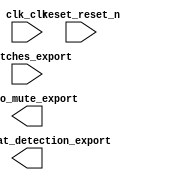

module unsaved (
	clk_clk,
	reset_reset_n,
	switches_export,
	enable_beat_detection_export,
	audio_mute_export);	

	input		clk_clk;
	input		reset_reset_n;
	input	[17:0]	switches_export;
	output		enable_beat_detection_export;
	output		audio_mute_export;
endmodule